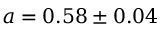
a = 0 . 5 8 \pm 0 . 0 4